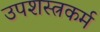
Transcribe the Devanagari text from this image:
उपशस्त्रकर्म